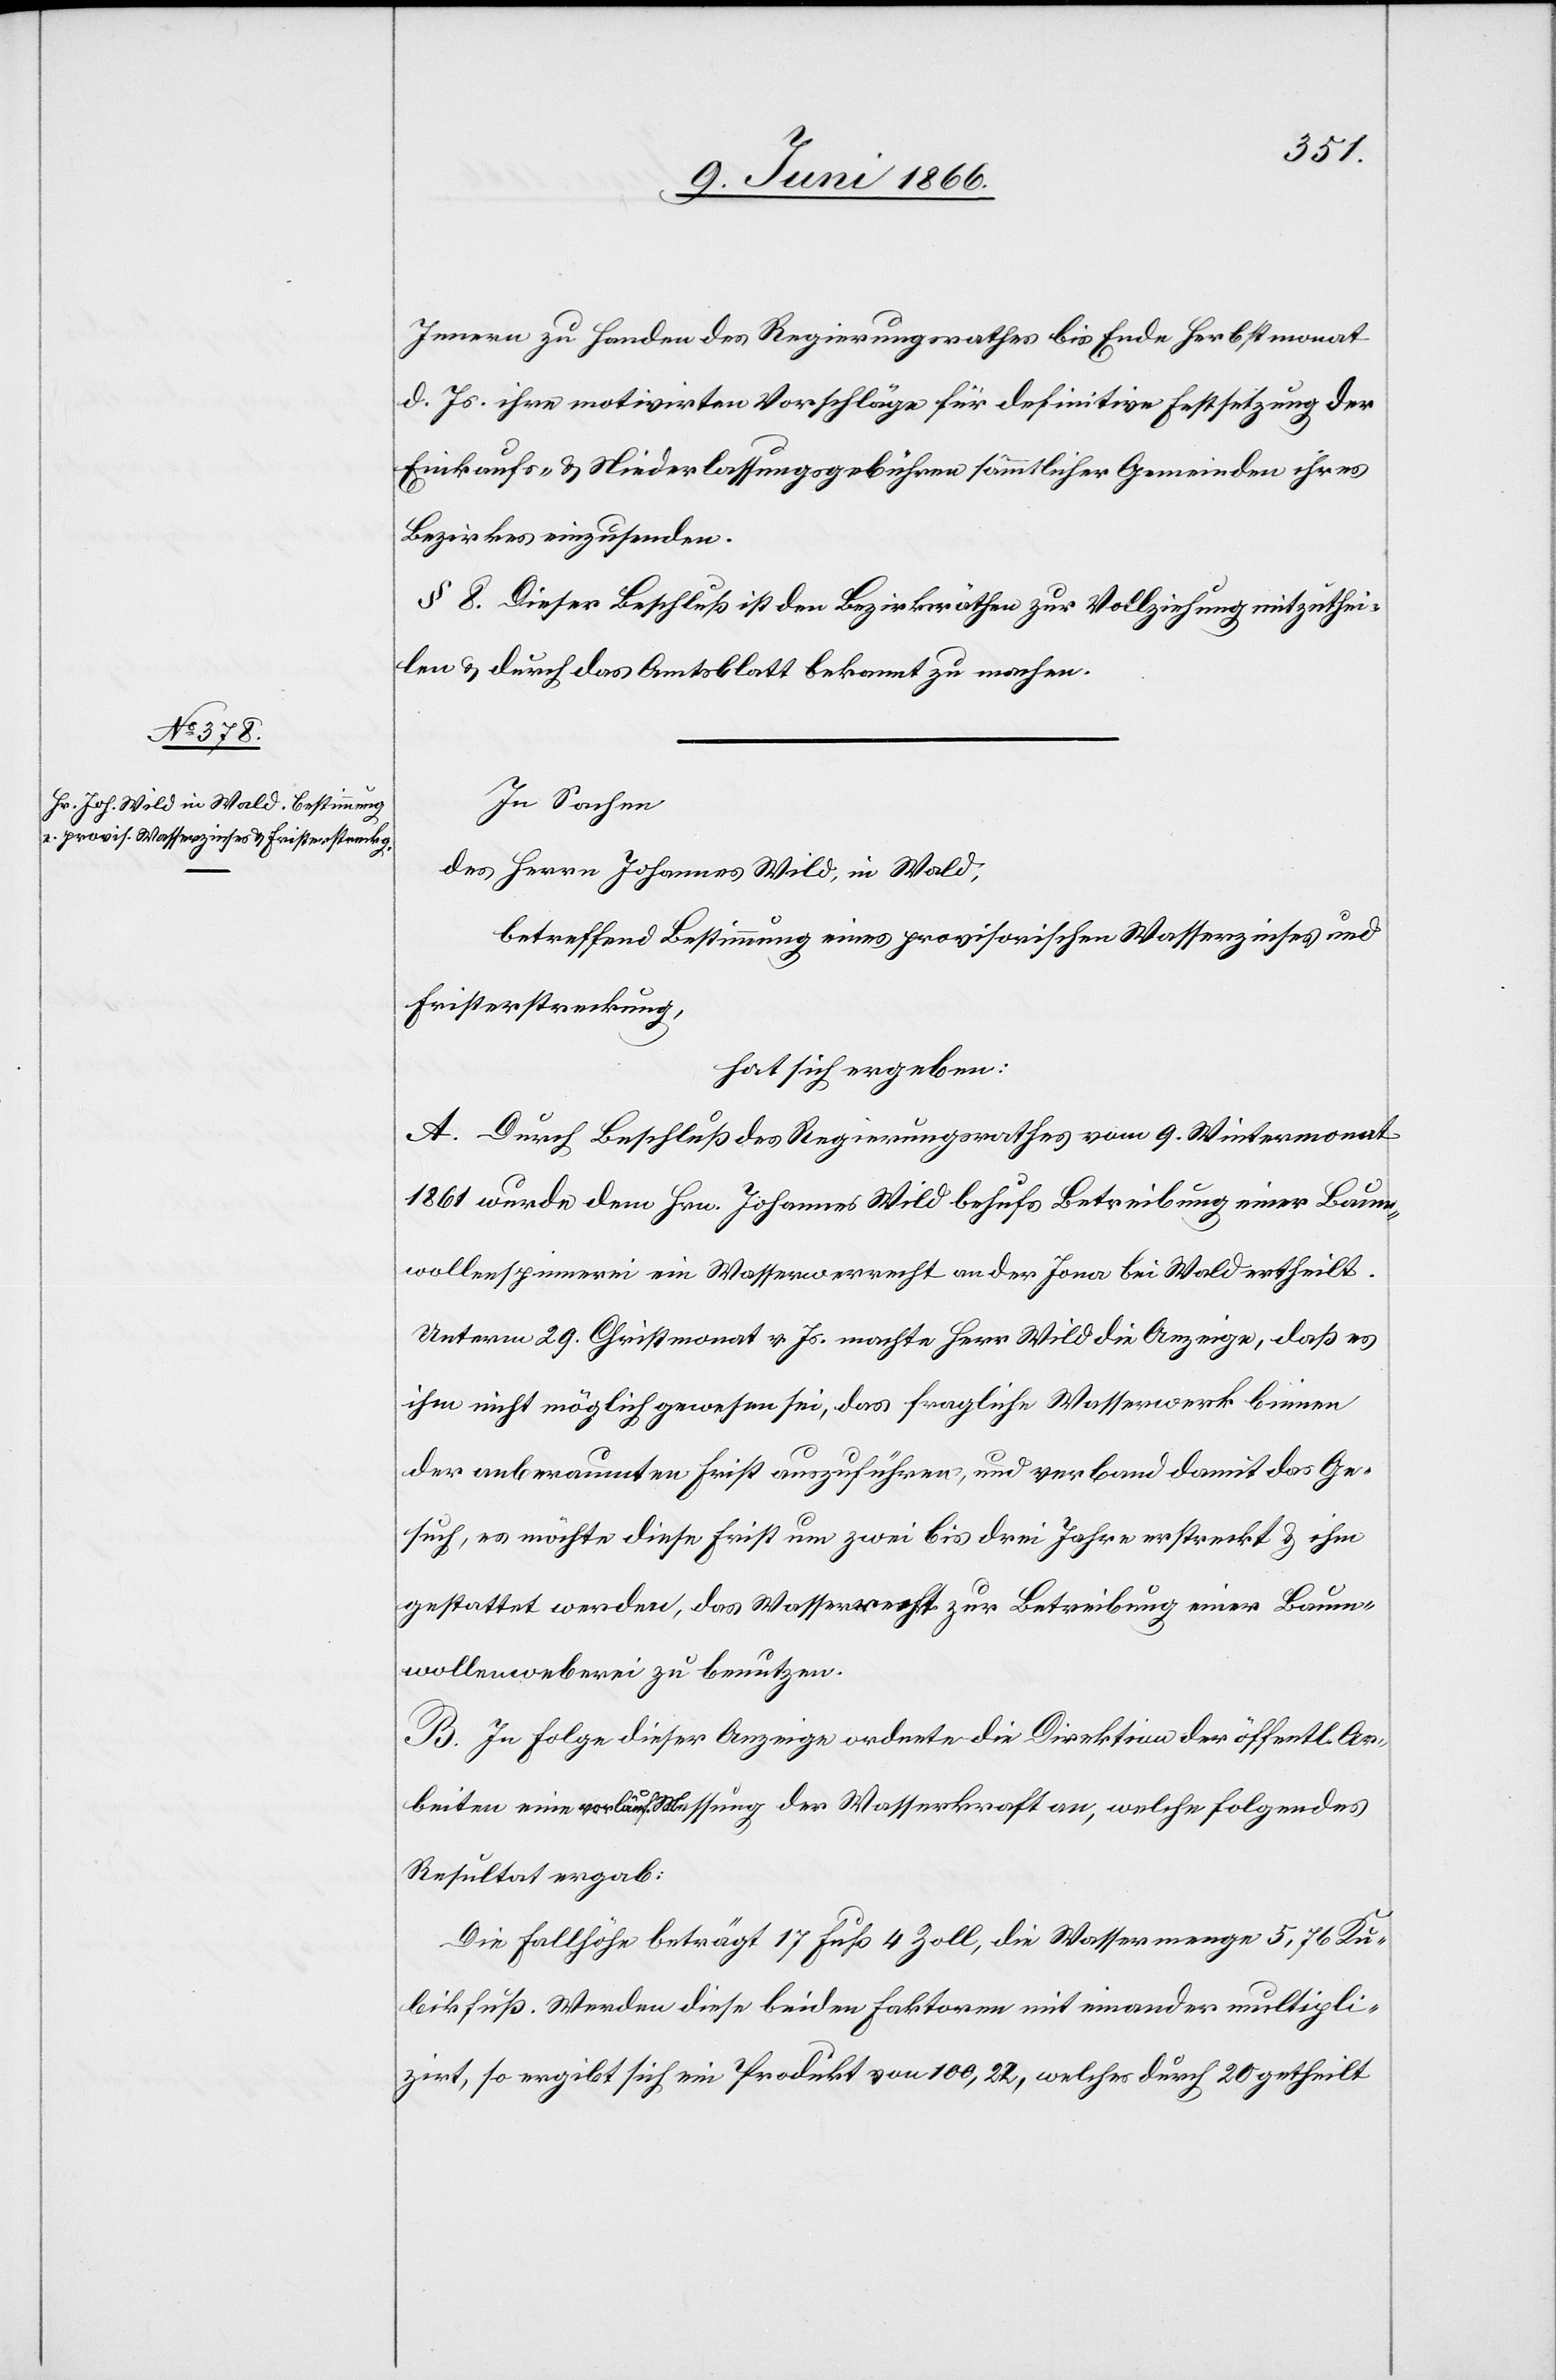
In Sachen
des Herrn Johannes Wild, in Wald,
betreffend Bestimmung eines provisorischen Wasserzinses und
Fristerstreckung,
hat sich ergeben:
A. Durch Beschluß des Regierungsrathes vom 9. Weinmonat
1861 wurde dem Hrn. Johannes Wild behufs Betreibung einer Baum¬
wollenspinnerei ein Wasserwer[ks]recht an der Jona bei Wald ertheilt.
Unterm 29. Christmonat v. Js. machte Herr Wild die Anzeige, daß es
ihm nicht möglich gewesen sei, das fragliche Wasserwerk binnen
der anberaumten Frist auszuführen, und verband damit das Ge¬
such, es möchte diese Frist um zwei bis drei Jahre erstreckt u. ihm
gestattet werden, das Wasserrecht zur Betreibung einer Baum¬
wollenweberei zu benutzen.
B. In Folge dieser Anzeige ordnete die Direktion der öffentlichen
Arbeiten eine vorläufige Messung der Wasserkraft an, welche folgendes
Resultat ergab:
Die Fallhöhe beträgt 17 Fuß 4 Zoll, die Wassermenge 5,76 Ku¬
bikfuß. Werden diese beiden Faktoren mit einander multipli¬
zirt, so ergibt sich ein Produkt von 100,22, welches durch 20 getheilt